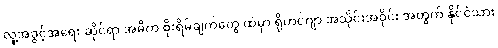
လူ့အခွင့်အရေး ဆိုင်ရာ အဓိက စိုးရိမ်ချက်တွေ ထဲမှာ ရိုဟင်ဂျာ အသိုင်းအဝိုင်း အတွက် နိုင်ငံသား